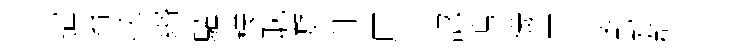
遣殆以緡驩樣耽游阯厓半認塢儀三更默群